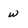
Character: w